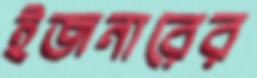
ইজনারের